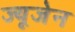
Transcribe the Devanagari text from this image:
ज्यूजेन